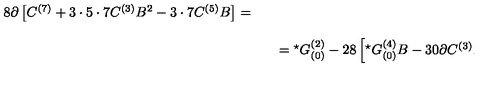
\begin{array} { r c l } { 8 \partial \left[ C ^ { ( 7 ) } + 3 \cdot 5 \cdot 7 C ^ { ( 3 ) } B ^ { 2 } - 3 \cdot 7 C ^ { ( 5 ) } B \right] = } & { } & { } \\ { } & { } & { } \\ { } & { } & { = { } ^ { \star } G _ { ( 0 ) } ^ { ( 2 ) } - 2 8 \left[ { } ^ { \star } G _ { ( 0 ) } ^ { ( 4 ) } B - 3 0 \partial C ^ { ( 3 ) } B ^ { 2 } \right] , } \\ \end{array}